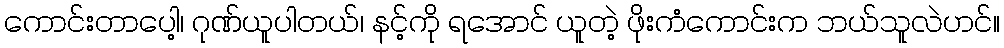
ကောင်းတာပေါ့၊ ဂုဏ်ယူပါတယ်၊ နင့်ကို ရအောင် ယူတဲ့ ဖိုးကံကောင်းက ဘယ်သူလဲဟင်။